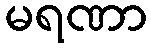
မရဏာ